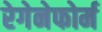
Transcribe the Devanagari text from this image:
रेगेनेफोर्म